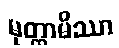
မုတ္တာမိဿာ